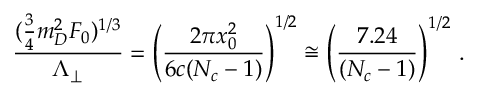
\frac { ( \frac { 3 } { 4 } m _ { D } ^ { 2 } F _ { 0 } ) ^ { 1 / 3 } } { \Lambda _ { \perp } } = \left( \frac { 2 \pi x _ { 0 } ^ { 2 } } { 6 c ( N _ { c } - 1 ) } \right) ^ { 1 / 2 } \cong \left( \frac { 7 . 2 4 } { ( N _ { c } - 1 ) } \right) ^ { 1 / 2 } \, .